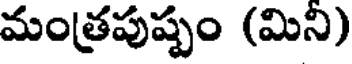
మంత్రపుష్పం (మిని)